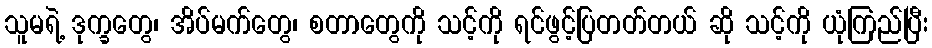
သူမရဲ့ ဒုက္ခတွေ၊ အိပ်မက်တွေ၊ စတာတွေကို သင့်ကို ရင်ဖွင့်ပြတတ်တယ် ဆို သင့်ကို ယုံကြည်ပြီး